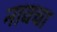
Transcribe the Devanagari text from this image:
नावचा